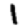
Digit: 1